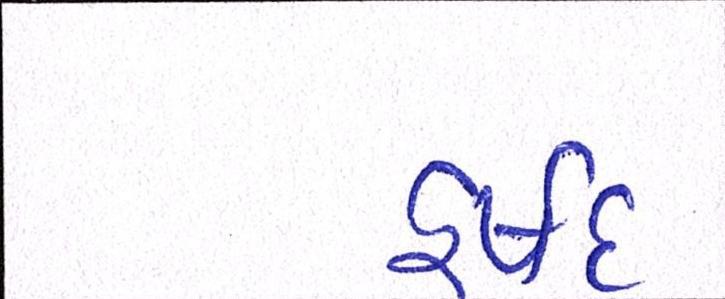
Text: હર્ષદ